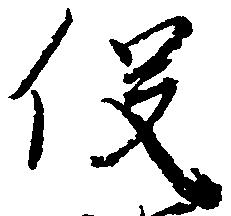
役